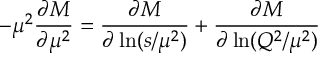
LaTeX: - \mu ^ { 2 } \frac { \partial M } { \partial \mu ^ { 2 } } = \frac { \partial M } { \partial \ln ( s / \mu ^ { 2 } ) } + \frac { \partial M } { \partial \ln ( Q ^ { 2 } / \mu ^ { 2 } ) }